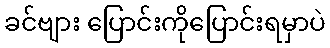
ခင်ဗျား ပြောင်းကိုပြောင်းရမှာပဲ